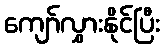
ကျော်လွှားနိုင်ပြီး